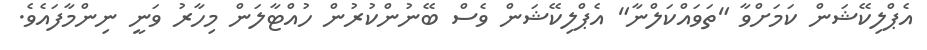
އެޕްލިކޭޝަން ކަމަށްވާ "ތަވައްކަލްނާ" އެޕްލިކޭޝަން ވެސް ބޭނުންކުރުން ހުއްޓާލަން މިހާރު ވަނީ ނިންމާފައެވެ.